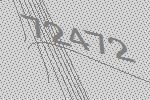
72472